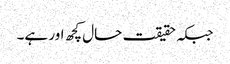
جبکہ حقیقت حال کچھ اور ہے۔